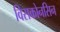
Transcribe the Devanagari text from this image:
विसकोनसिन